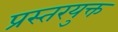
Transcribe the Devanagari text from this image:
प्रस्तरयुक्त